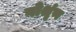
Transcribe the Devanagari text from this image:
गोश्रृंण